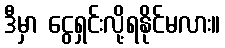
ဒီမှာ ငွေရှင်းလို့ရနိုင်မလား။